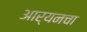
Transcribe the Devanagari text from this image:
आर्यनचा